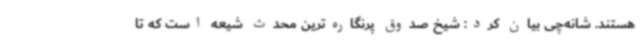
هستند. شانه‌چی بیان کرد: شیخ صدوق پرنگاره‌ترین محدث شیعه است که تا